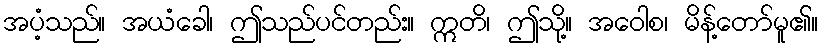
အပံ့သည်။ အယံခေါ၊ ဤသည်ပင်တည်း။ ဣတိ၊ ဤသို့။ အဝေါစ၊ မိန့်တော်မူ၏။